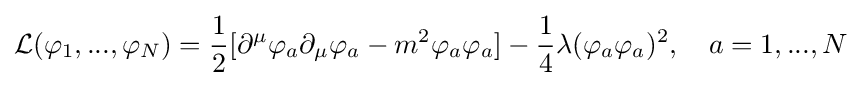
{\mathcal {L}}(\varphi _{1},...,\varphi _{N})={\frac {1}{2}}[\partial ^{\mu }\varphi _{a}\partial _{\mu }\varphi _{a}-m^{2}\varphi _{a}\varphi _{a}]-{\frac {1}{4}}\lambda (\varphi _{a}\varphi _{a})^{2},\quad a=1,...,N